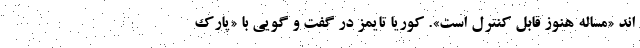
اند «مساله هنوز قابل کنترل است». کوریا تایمز در گفت و گویی با «پارک